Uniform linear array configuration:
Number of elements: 16
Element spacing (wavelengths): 0.25
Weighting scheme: hann
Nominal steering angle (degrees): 45
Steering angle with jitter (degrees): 46.975
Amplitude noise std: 0.05
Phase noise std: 0.05

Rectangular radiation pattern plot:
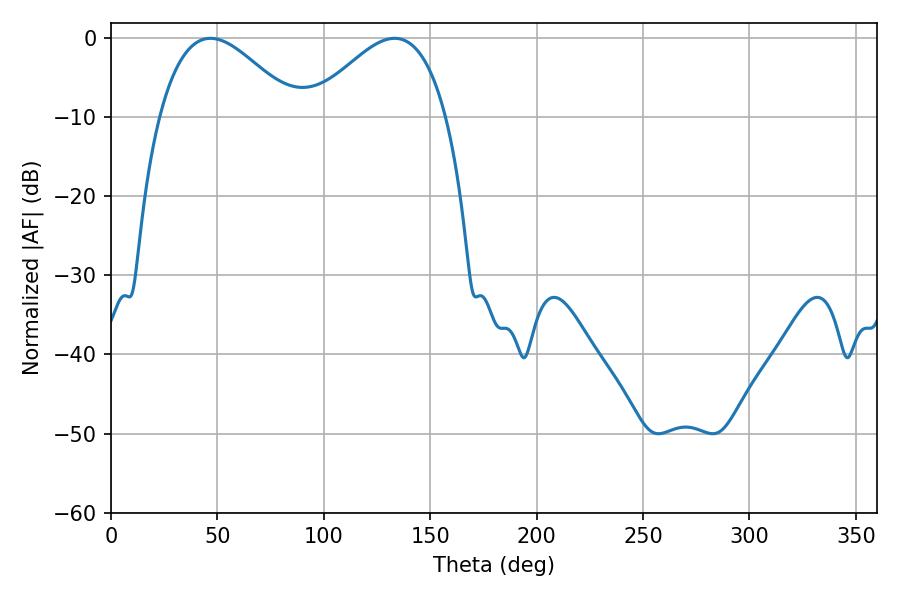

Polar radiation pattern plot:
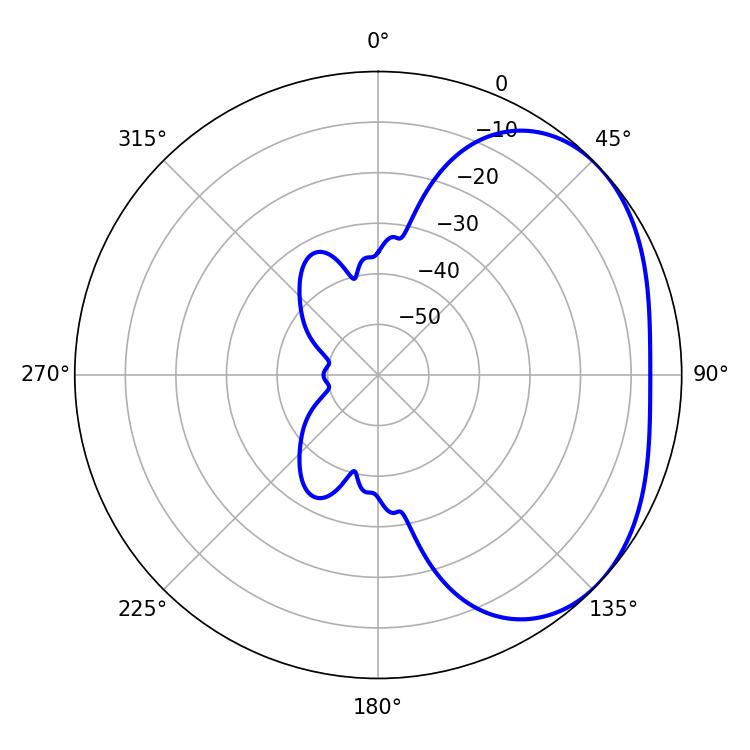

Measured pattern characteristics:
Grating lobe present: FALSE
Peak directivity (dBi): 2.911
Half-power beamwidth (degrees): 34.56
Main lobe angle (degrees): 46.8